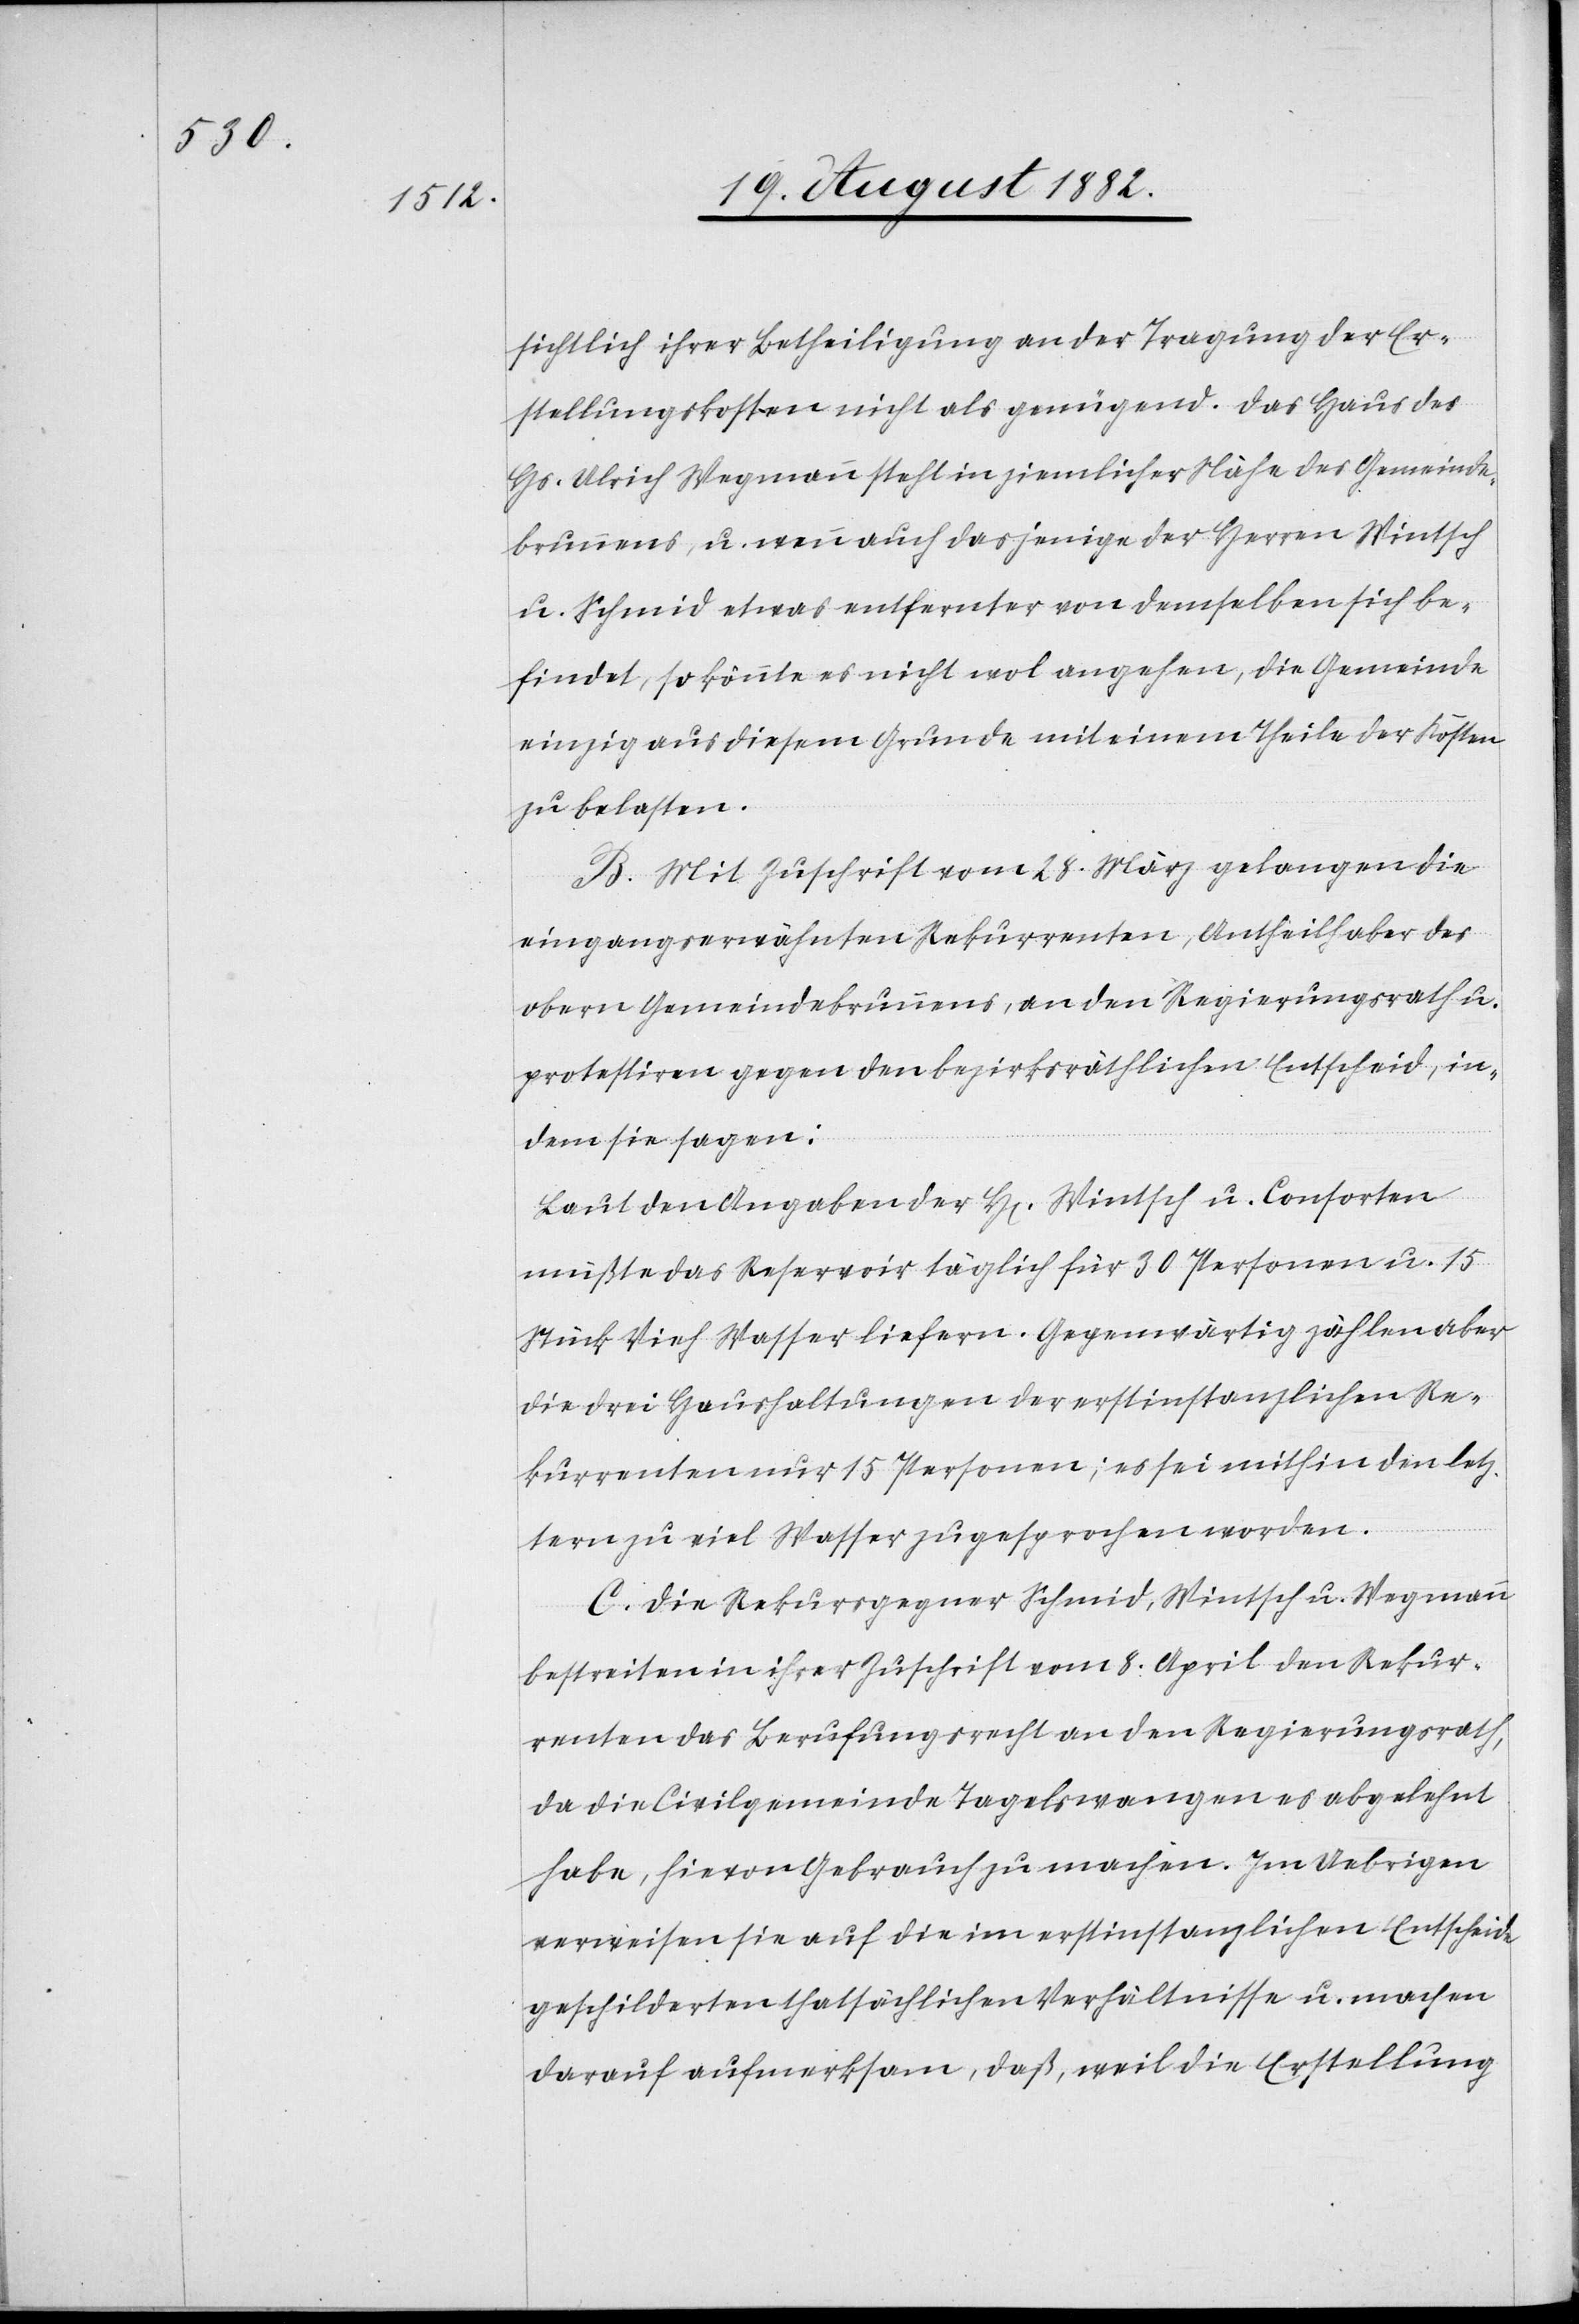
sichtlich ihrer Betheiligung an der Tragung der Er¬
stellungskosten nicht als genügend. Das Haus des
Hs. Ulrich Wegmann steht in ziemlicher Nähe des Gemeinde¬
brunnens, u. wenn auch dasjenige der Herren Wintsch
u. Schmid etwas entfernter von demselben sich be¬
findet, so könnte es nicht wol angehen, die Gemeinde
einzig aus diesem Grunde mit einem Theile der Kosten
zu belasten.
B. Mit Zuschrift vom 28. März gelangen die
eingangserwähnten Rekurrenten, Antheilhaber des
obern Gemeindebrunnens, an den Regierungsrath u.
protestiren gegen den bezirksräthlichen Entscheid, in¬
dem sie sagen:
Laut den Angaben der H[erren] Wintsch u. Consorten
müßte das Reservoir täglich für 30 Personen u. 15
Stück Vieh Wasser liefern. Gegenwärtig zählen aber
die drei Haushaltungen der erstinstanzlichen Re¬
kurrenten nur 15 Personen; es sei mithin den letz¬
tern zu viel Wasser zugesprochen worden.
C. Die Rekursgegner Schmid, Wintsch u. Wegmann
bestreiten in ihrer Zuschrift vom 8. April den Rekur¬
renten das Berufungsrecht an den Regierungsrath,
da die Civilgemeinde Tagelswangen es abgelehnt
habe, hievon Gebrauch zu machen. Im Uebrigen
verweisen sie auf die im erstinstanzlichen Entscheide
geschilderten thatsächlichen Verhältnisse u. machen
darauf aufmerksam, daß, weil die Erstellung